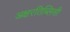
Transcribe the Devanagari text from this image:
अक्षरतिब्लिसी